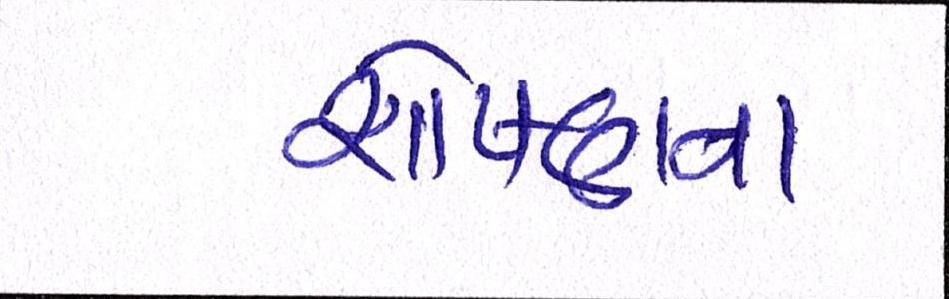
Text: શોષણના